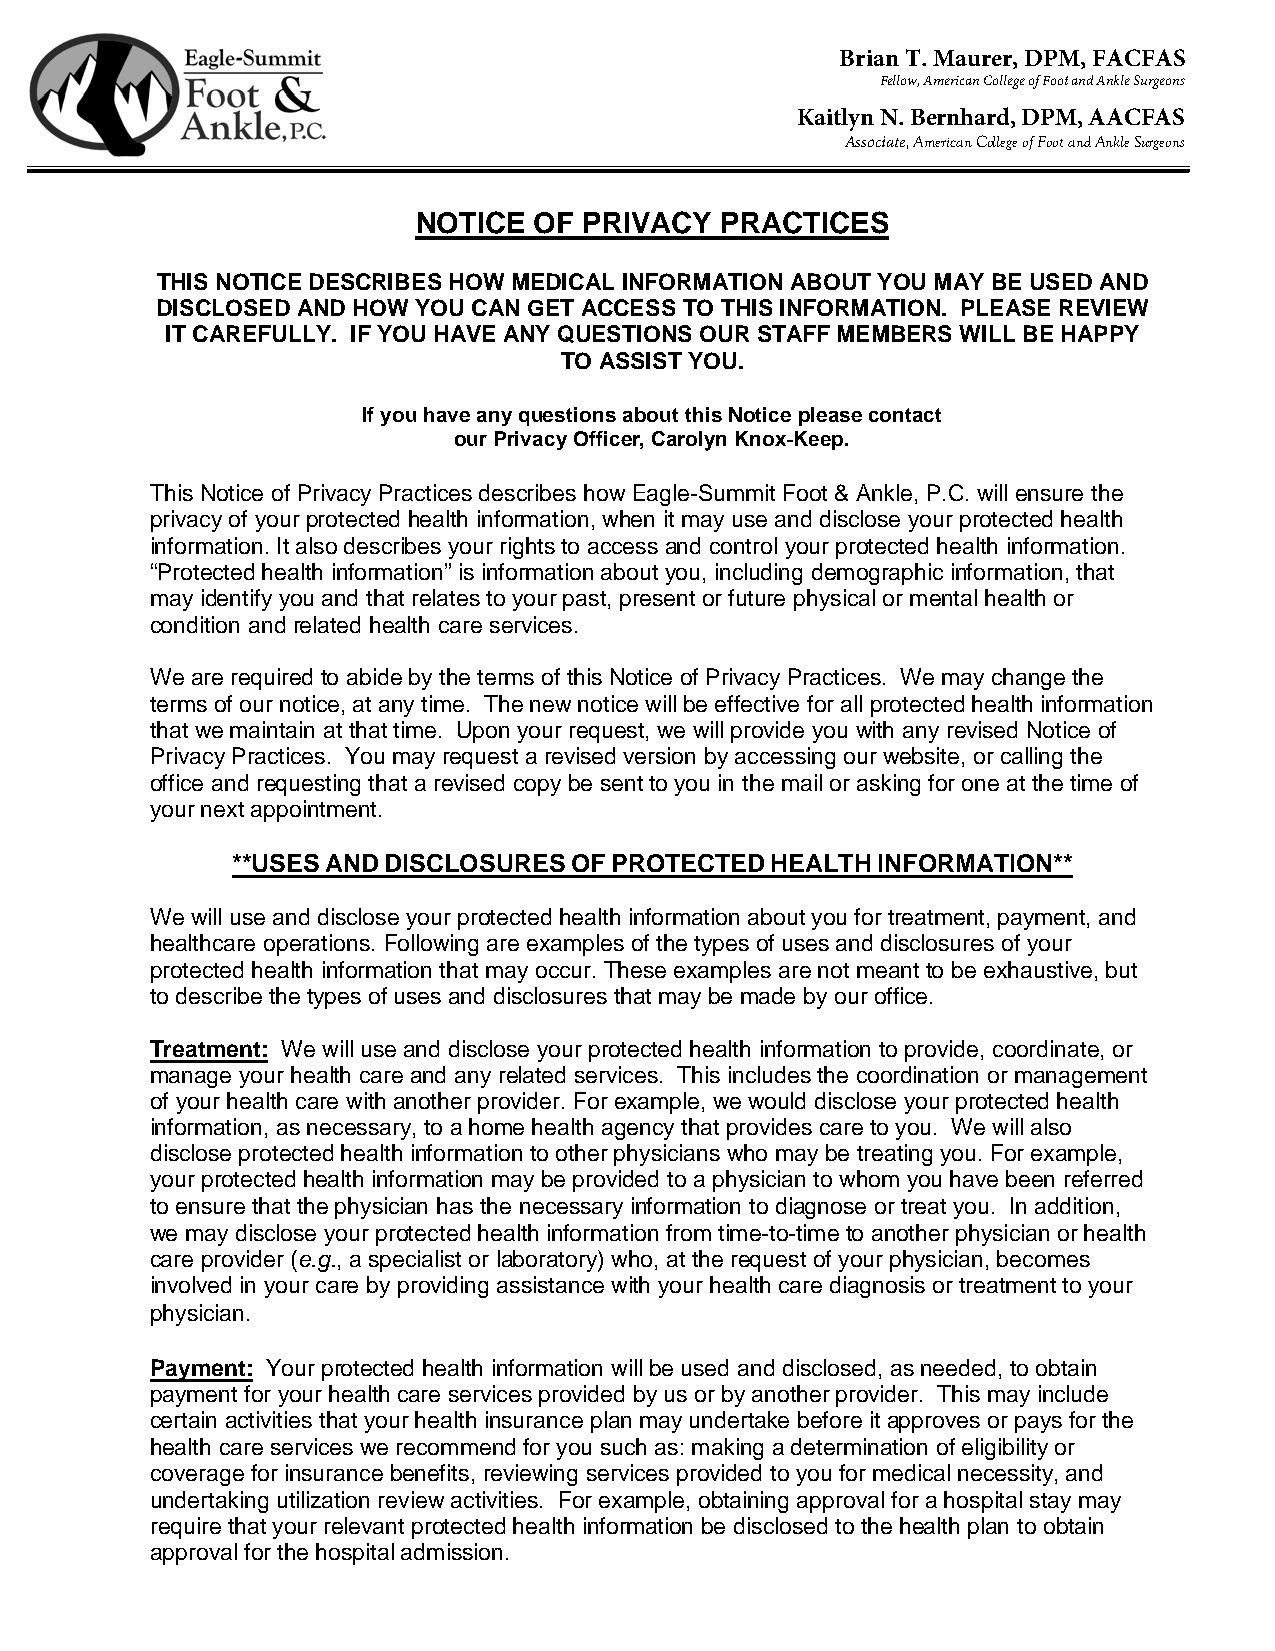
Brian T. Maurer, DPM, FACFAS
 Fellow, American College of Foot and Ankle Surgeons
 Kaitlyn N. Bernhard, DPM, AACFAS
 Associate, American College of Foot and Ankle Surgeons
 NOTICE OF  PRIVACY  PRACTICES
 THIS NOTICE DESCRIBES HOW MEDICAL INFORMATION ABOUT YOU MAY BE USED AND
 DISCLOSED AND HOW YOU CAN GET ACCESS TO THIS INFORMATION. PLEASE REVIEW
 IT CAREFULLY. IF YOU HAVE ANY QUESTIONS OUR STAFF MEMBERS WILL BE HAPPY
 TO ASSIST YOU.
 If you have any questions about this Notice please contact
 our Privacy Officer, Carolyn Knox-Keep.
 This Notice of Privacy Practices describes how Eagle-Summit Foot & Ankle, P.C. will ensure the
 privacy of your protected health information, when it may use and disclose your protected health
 information. It also describes your rights to access and control your protected health information.
 “Protected health information” is information about you, including demographic information, that
 may identify you and that relates to your past, present or future physical or mental health or
 condition and related health care services.
 We are required to abide by the terms of this Notice of Privacy Practices. We may change the
 terms of our notice, at any time. The new notice will be effective for all protected health information
 that we maintain at that time. Upon your request, we will provide you with any revised Notice of
 Privacy Practices. You may request a revised version by accessing our website, or calling the
 office and requesting that a revised copy be sent to you in the mail or asking for one at the time of
 your next appointment.
 **USES AND DISCLOSURES OF PROTECTED HEALTH INFORMATION**
 We will use and disclose your protected health information about you for treatment, payment, and
 healthcare operations. Following are examples of the types of uses and disclosures of your
 protected health information that may occur. These examples are not meant to be exhaustive, but
 to describe the types of uses and disclosures that may be made by our office.
 Treatment: We will use and disclose your protected health information to provide, coordinate, or
 manage your health care and any related services. This includes the coordination or management
 of your health care with another provider. For example, we would disclose your protected health
 information, as necessary, to a home health agency that provides care to you. We will also
 disclose protected health information to other physicians who may be treating you. For example,
 your protected health information may be provided to a physician to whom you have been referred
 to ensure that the physician has the necessary information to diagnose or treat you. In addition,
 we may disclose your protected health information from time-to-time to another physician or health
 care provider (e.g., a specialist or laboratory) who, at the request of your physician, becomes
 involved in your care by providing assistance with your health care diagnosis or treatment to your
 physician.
 Payment: Your protected health information will be used and disclosed, as needed, to obtain
 payment for your health care services provided by us or by another provider. This may include
 certain activities that your health insurance plan may undertake before it approves or pays for the
 health care services we recommend for you such as: making a determination of eligibility or
 coverage for insurance benefits, reviewing services provided to you for medical necessity, and
 undertaking utilization review activities. For example, obtaining approval for a hospital stay may
 require that your relevant protected health information be disclosed to the health plan to obtain
 approval for the hospital admission.